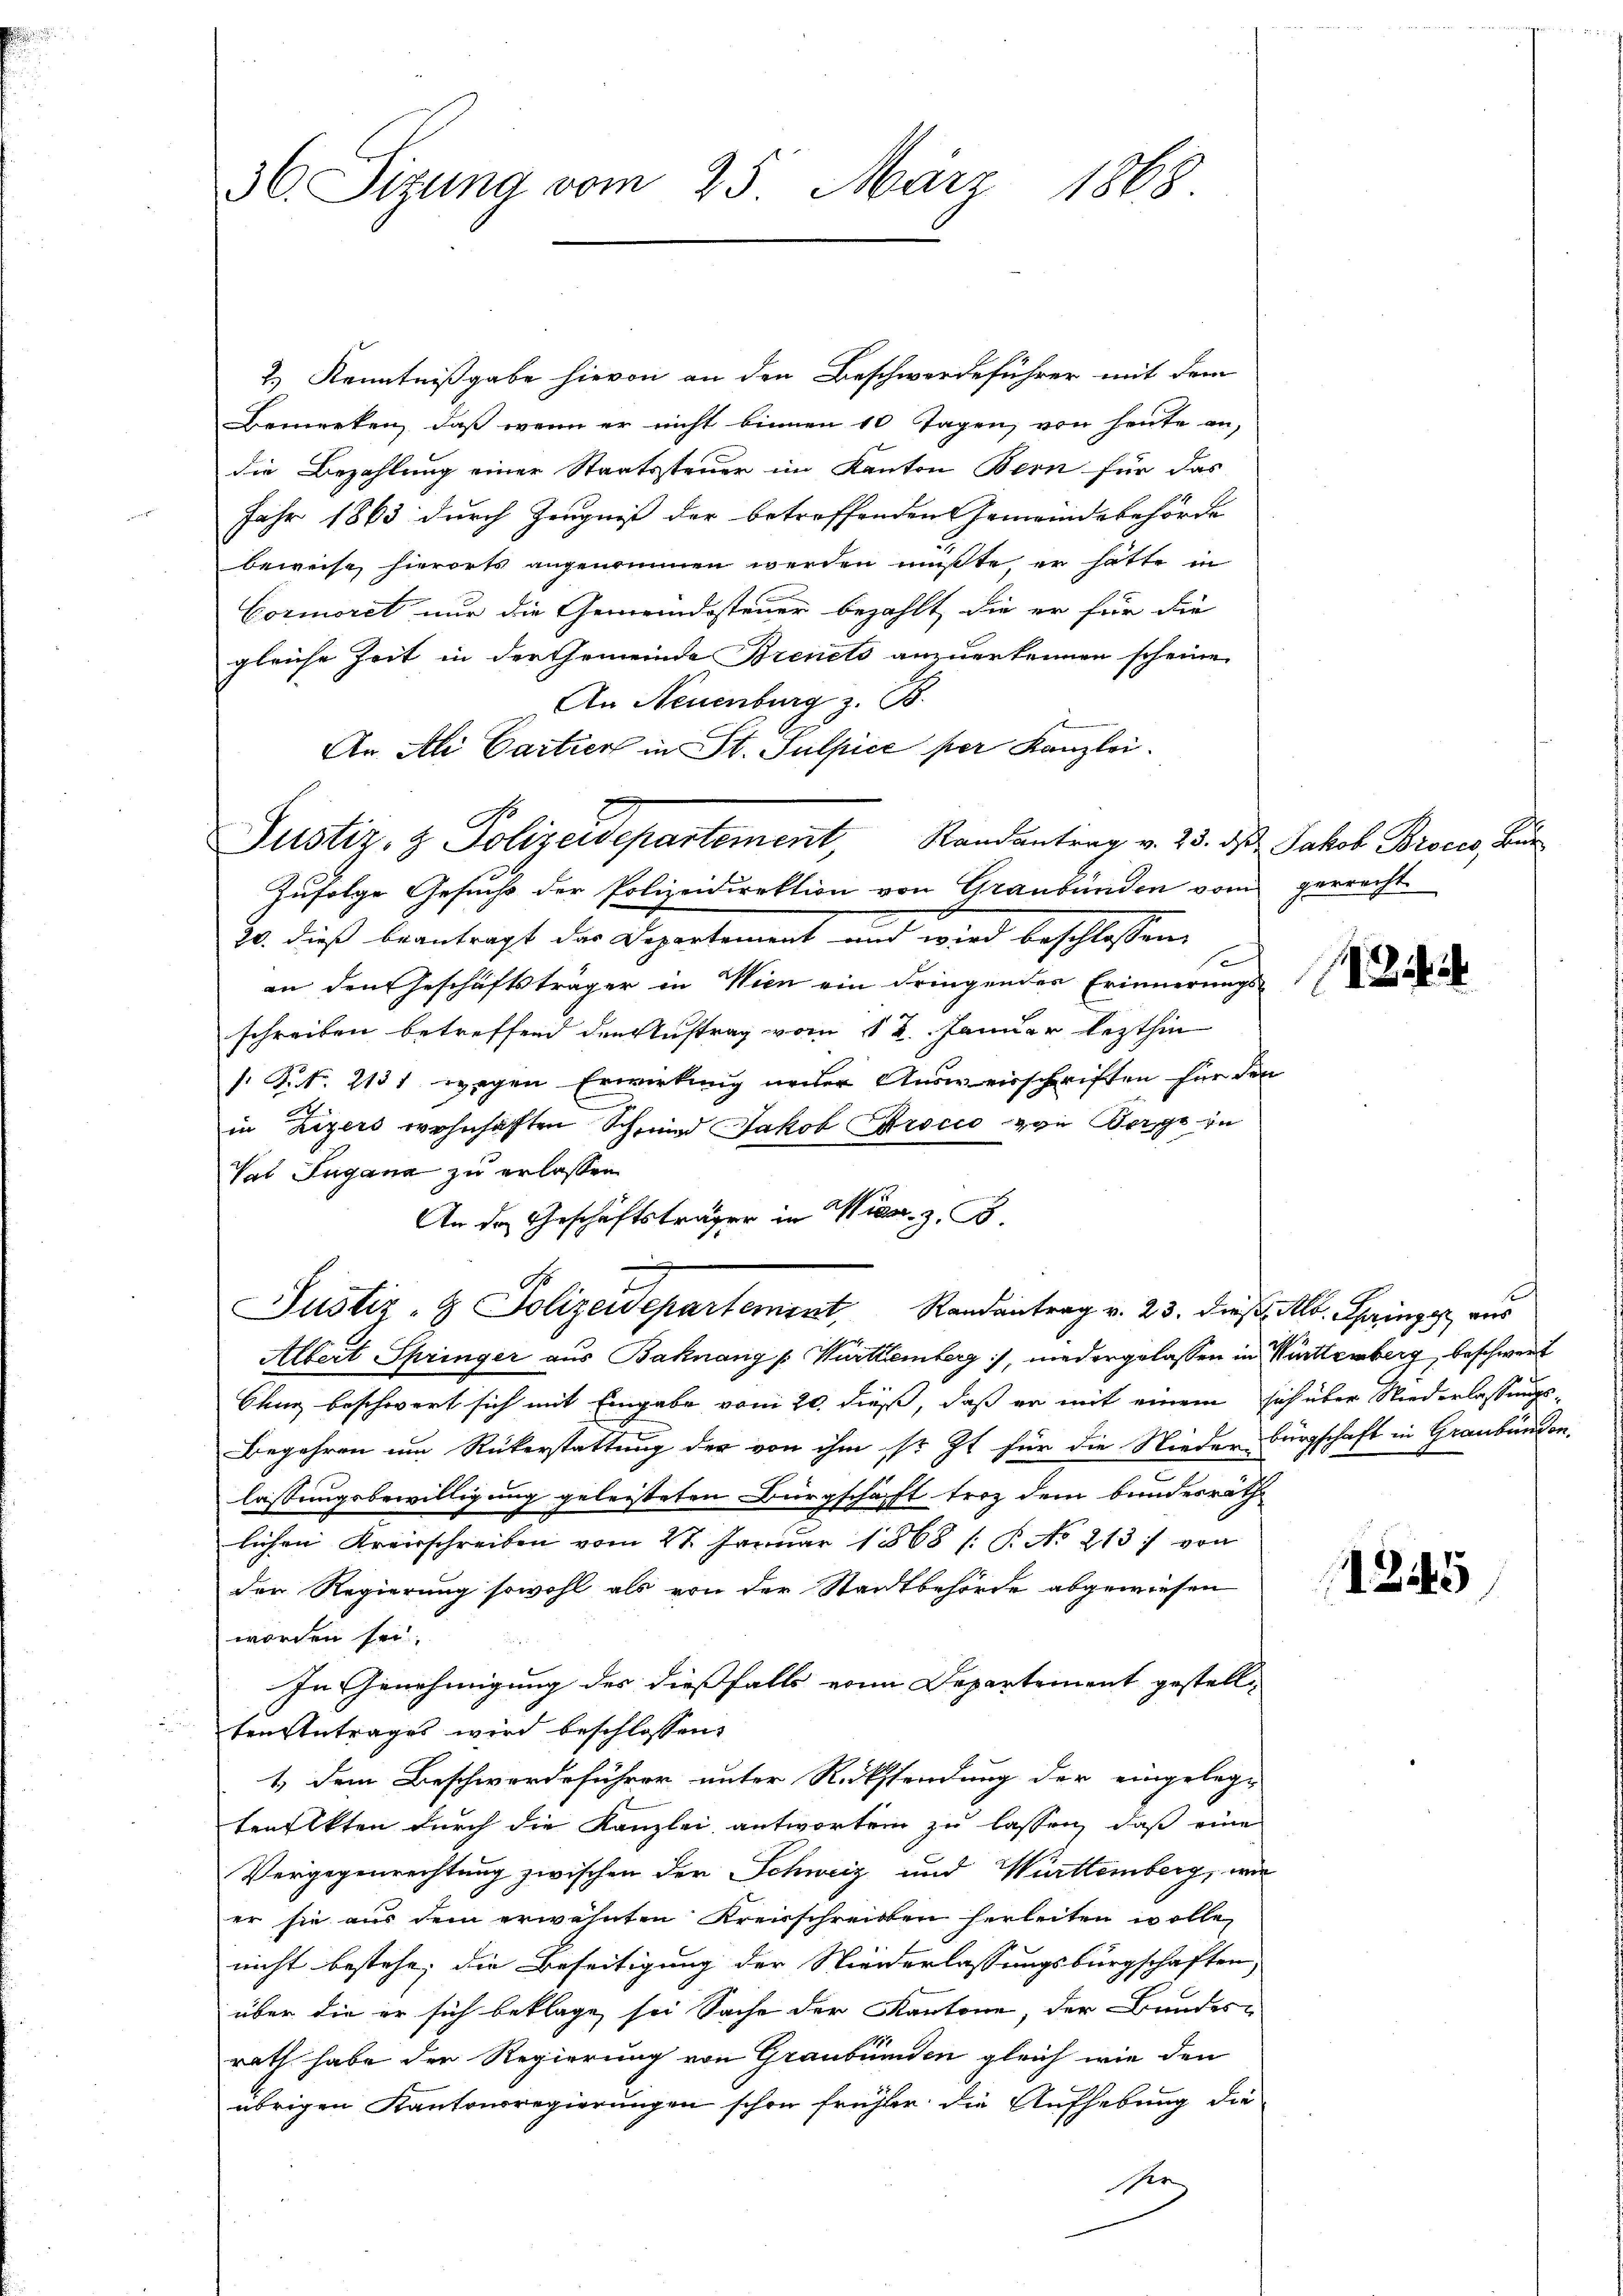
36. Sizung vom 25. März 1868.

2.) Kenntnißgabe hievon an den Beschwerdeführer mit dem
Bemerken, daß wenn er nicht binnen 10 Tagen, von heute an-
die Bezahlung einer Staatssteuer im Kanton Bern für das
Jahr 1863 durch Zeugniß der betreffenden Gemeindebehörde
beweise hierorts angenommen werden mußte, er hätte in
Cormoret nur die Gemeindssteuer bezahlt, die er für die
gleiche Zeit in der Gemeinde Brencto anzuerkennen scheine
An Neuenburg z. B.
An Ali Cartier in St. Sulpice per Kanzlei.
Zufolge Gesuchs der Polizeidirektion von Graubünden vom gerrecht
20. dieß beantragt der Departement und wird beschlossen,
an den Geschäftsträger in Wien ein dringender Erinnerungs
schreiben betreffend den Auftrag vom 12. Januar lezthin
/. P. R. 2131 wegen Erwirkung under Ausweisschriften für den
in Zizers wohnhaften Schmid Jakob Brocio an Berge in
Vat Lugana zu erlassen
An der Geschäftsträger in Wien z. B.
So
Justiz- & Polizeidepartement Randantrag v. 23. dieß Mr. Chringer aus
Albert Springer aus Bahnang /: Württemberg), niedergelassen in Württemberg, beschwert
Chur beschwert sich mit Eingabe vom 20. dieß, daß er mit einem sich über Niederlassungs¬
Begehren um Rükerstattung der von ihm sr. Zt. für die Nieder Bürgschaft in Graubünden.
lassungsbewilligung geleisteten Bürgschaft froh dem bundesräth
lichen Kreisschreiben vom 27. Januar 1868 /: P. No 213. von
der Regierung sowohl als von der Stadtbehörde abgewiesen
worden sei.
In Genehmigung der dießfalls von Departement gestellten Antrages wird beschlossen:
1.) Dem Beschwerdeführer unter Rücksendung der eingeleg
tenfekten durch die Kanzlei antworten zu lassen, daß eine
Vergegenrechtung zwischen der Schweiz und Württemberg, wie
er sie aus dem erwähnten Kreisschreiben herleiten wolle,
nicht bestehe; die Beseitigung der Niederlassungsbürgschaften,
über die er sich beklage sei Sache der Kantone, der Bundesrath habe der Regierung von Graubünden gleich wie den
übrigen Kantonsregierungen schon früher die Aufhebung die
Se

x

Justiz- & Polizeidepartement, Randantrag v. 23. dβ Jakob Broces, Bur

2445